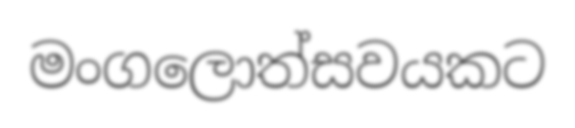
මංගලොත්සවයකට